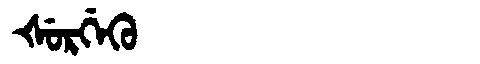
Manchu: ᡧᡠᡵᡤᡝᡴᡠ
Romanization: ŠURGEKU